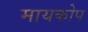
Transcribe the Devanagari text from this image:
मायकोप